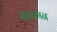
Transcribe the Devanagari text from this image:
सालामन